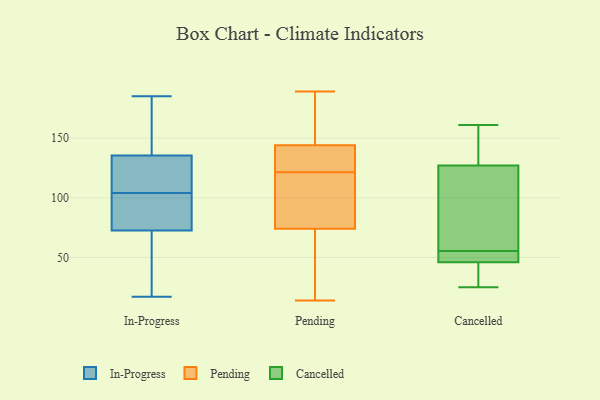
{"axis": {"x": "Active Users", "y": "Value"}, "legend": ["Cancelled", "In-Progress", "Pending"], "data": [{"x": "", "y": 97, "type": "In-Progress"}, {"x": "", "y": 68, "type": "In-Progress"}, {"x": "", "y": 111, "type": "In-Progress"}, {"x": "", "y": 39, "type": "In-Progress"}, {"x": "", "y": 185, "type": "In-Progress"}, {"x": "", "y": 77, "type": "In-Progress"}, {"x": "", "y": 139, "type": "In-Progress"}, {"x": "", "y": 128, "type": "In-Progress"}, {"x": "", "y": 174, "type": "In-Progress"}, {"x": "", "y": 17, "type": "In-Progress"}, {"x": "", "y": 132, "type": "In-Progress"}, {"x": "", "y": 93, "type": "In-Progress"}, {"x": "", "y": 174, "type": "Pending"}, {"x": "", "y": 137, "type": "Pending"}, {"x": "", "y": 99, "type": "Pending"}, {"x": "", "y": 108, "type": "Pending"}, {"x": "", "y": 189, "type": "Pending"}, {"x": "", "y": 21, "type": "Pending"}, {"x": "", "y": 136, "type": "Pending"}, {"x": "", "y": 124, "type": "Pending"}, {"x": "", "y": 119, "type": "Pending"}, {"x": "", "y": 140, "type": "Pending"}, {"x": "", "y": 52, "type": "Pending"}, {"x": "", "y": 151, "type": "Pending"}, {"x": "", "y": 144, "type": "Pending"}, {"x": "", "y": 150, "type": "Pending"}, {"x": "", "y": 59, "type": "Pending"}, {"x": "", "y": 80, "type": "Pending"}, {"x": "", "y": 14, "type": "Pending"}, {"x": "", "y": 74, "type": "Pending"}, {"x": "", "y": 46, "type": "Cancelled"}, {"x": "", "y": 25, "type": "Cancelled"}, {"x": "", "y": 53, "type": "Cancelled"}, {"x": "", "y": 161, "type": "Cancelled"}, {"x": "", "y": 49, "type": "Cancelled"}, {"x": "", "y": 127, "type": "Cancelled"}, {"x": "", "y": 36, "type": "Cancelled"}, {"x": "", "y": 58, "type": "Cancelled"}, {"x": "", "y": 154, "type": "Cancelled"}, {"x": "", "y": 65, "type": "Cancelled"}]}